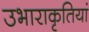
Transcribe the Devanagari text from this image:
उभाराकृतियां